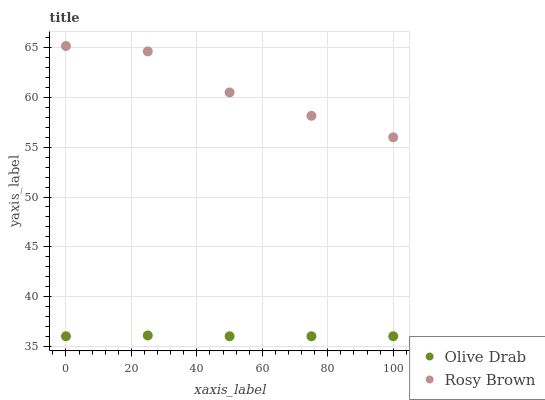
| xaxis_label | Olive Drab | Rosy Brown |
 | --- | --- | --- |
 | 0 | 36 | 65.2 |
 | 25 | 36.1 | 64.6 |
 | 50 | 36 | 60.5 |
 | 75 | 36 | 58.2 |
 | 100 | 36 | 56 |